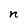
Character: n